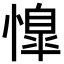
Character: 𢡋